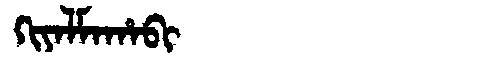
Manchu: ᡴᡳᠶᠠᠯᠮᠠᡥᠠᠪᡳ
Romanization: KIYALMAHABI